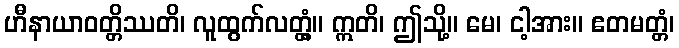
ဟီနာယာဝတ္တိဿတိ၊ လူထွက်လတ္တံ့။ ဣတိ၊ ဤသို့။ မေ၊ ငါ့အား။ ဧတမတ္တံ၊